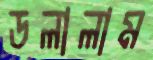
ডলালাম